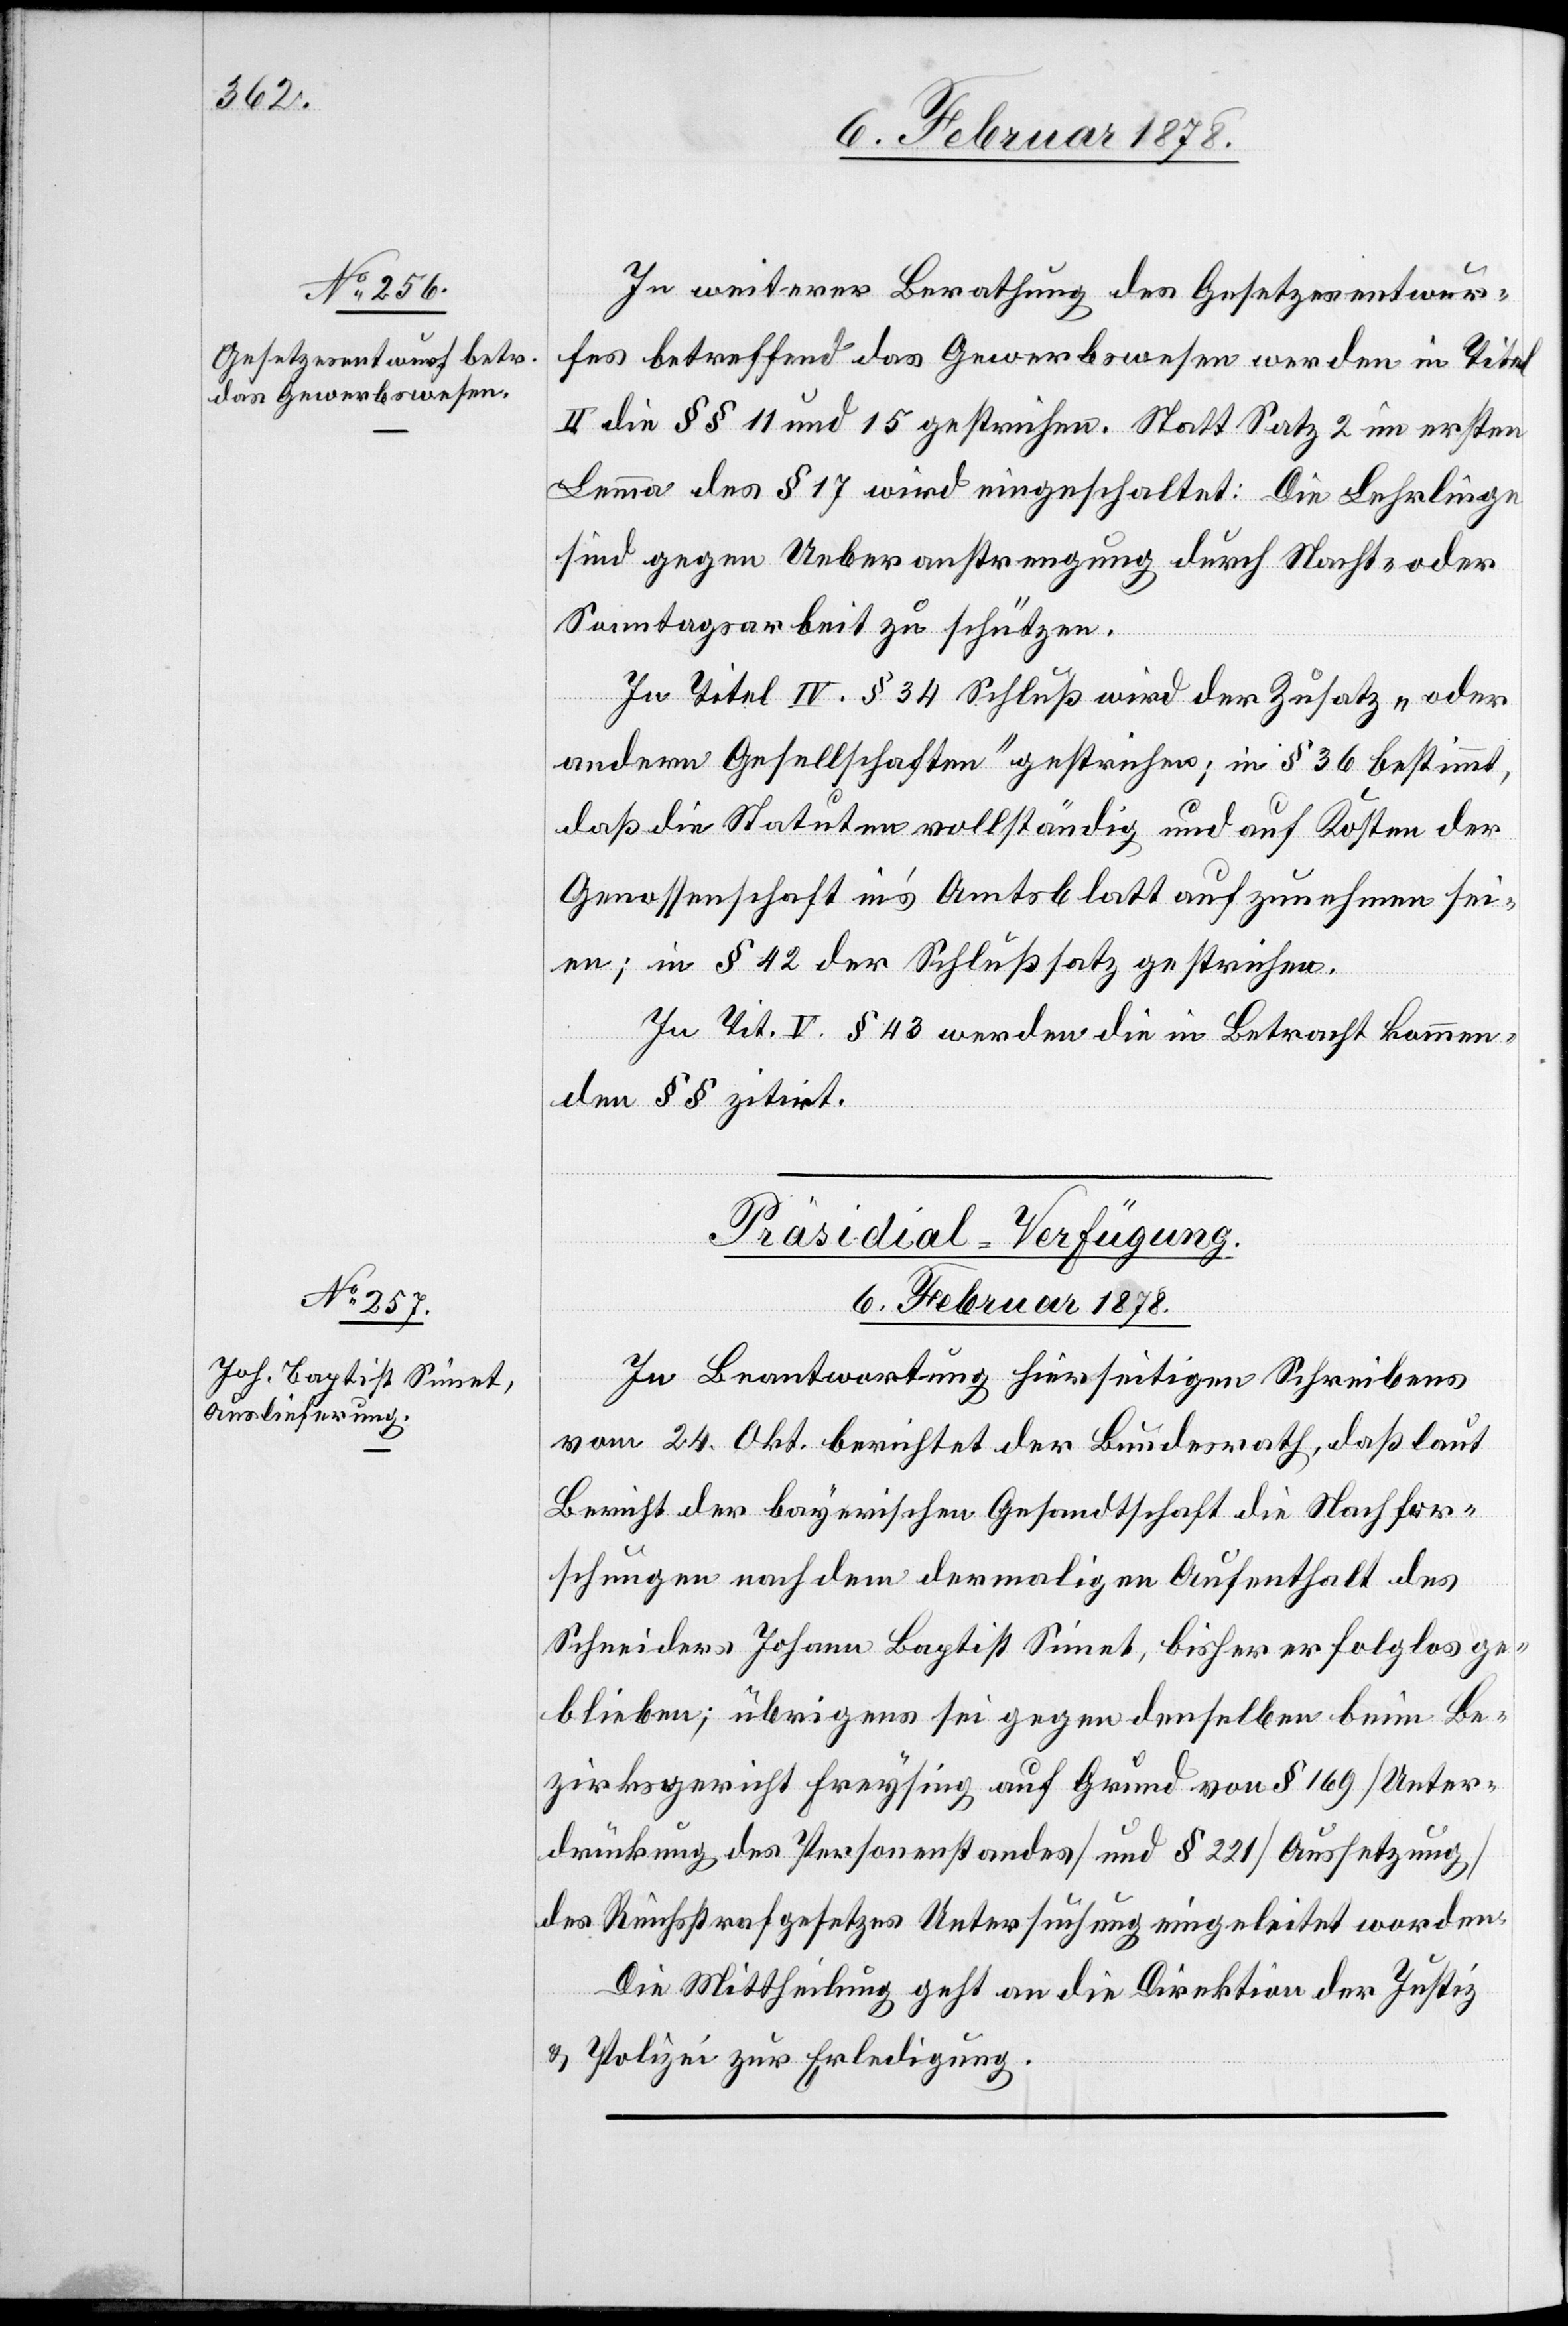
In weiterer Berathung des Gesetzesentwur¬
fes betreffend das Gewerbewesen werden in Titel
II die §§ 11 und 15 gestrichen. Statt Satz 2 im ersten
Lemma des § 17 wird eingeschaltet: Die Lehrlinge
sind gegen Ueberanstrengung durch Nacht- oder
Samstagsarbeit zu schützen.
In Titel IV. § 34 Schluß wird der Zusatz „oder
andern Gesellschaften“ gestrichen; in § 36 bestimmt,
daß die Statuten vollständig und auf Kosten der
Genossenschaft in’s Amtsblatt aufzunehmen sei¬
en; in § 42 der Schlusssatz gestrichen.
In Tit. V. § 43 werden die in Betracht kommen¬
den §§ zitirt.
Präsidial-Verfügung.
6. Februar 1878.
In Beantwortung hierseitigen Schreibens
vom 24. Okt. berichtet der Bundesrath, daß laut
Bericht der bayerischen Gesandtschaft die Nachfor¬
schungen nach dem damaligen Aufenthalt des
Schneiders Johann Baptist Simet, bisher erfolglos ge¬
blieben; übrigens sei gegen denselben beim Be¬
zirksgericht Freysing auf Grund von § 169 (Unter¬
drückung des Personenstandes) und § 221 (Aussetzung)
des Reichsstrafgesetzes Untersuchung eingeleitet worden.
Die Mittheilung geht an die Direktion der Justiz
& Polizei zur Erledigung.